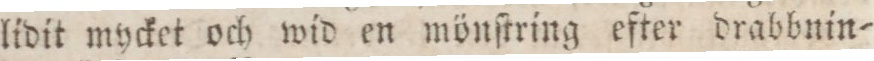
lidit mycket och wid en mönſtring efter drabbnin=